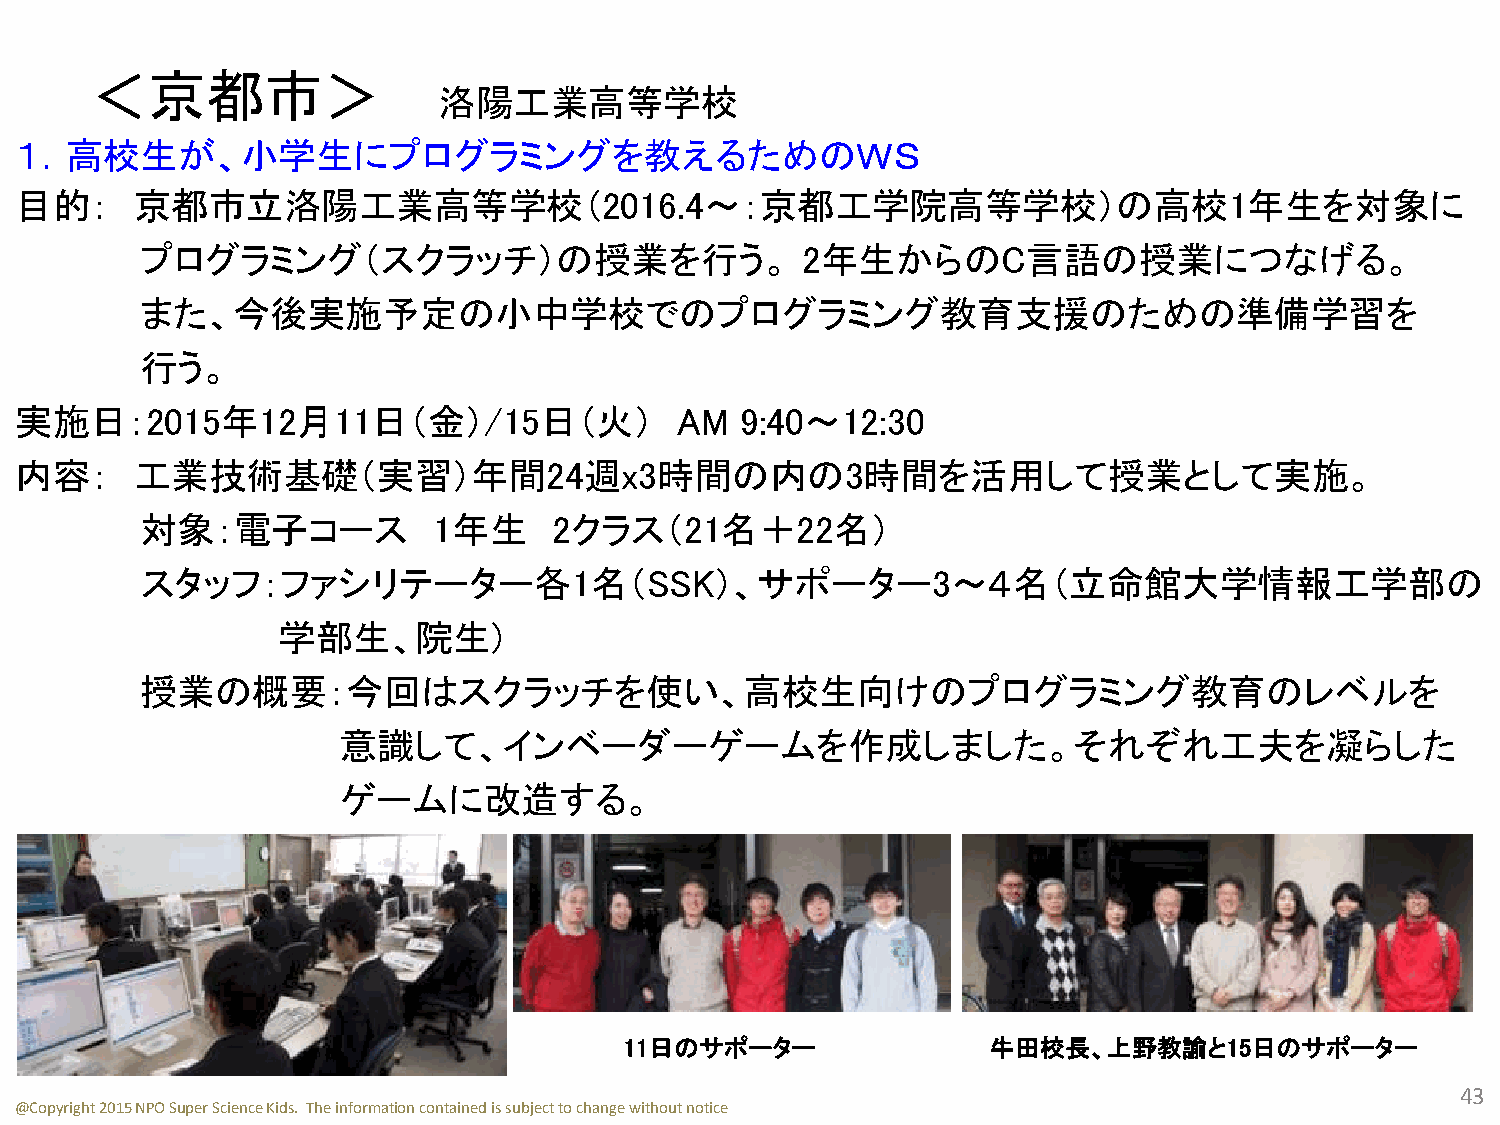
＜京都市＞
 洛陽工業高等学校
 １．高校生が、小学生にプログラミングを教えるためのＷＳ
 目的：     京都市立洛陽工業高等学校（2016.4～：京都工学院高等学校）の高校1年生を対象に
 プログラミング（スクラッチ）の授業を行う。                       2年生からのC言語の授業につなげる。
 また、今後実施予定の小中学校でのプログラミング教育支援のための準備学習を
 行う。
 実施日：2015年12月11日（金）/15日（火）                   AM  9:40～12:30
 内容：     工業技術基礎（実習）年間24週x3時間の内の3時間を活用して授業として実施。
 対象：電子コース            1年生     2クラス（21名＋22名）
 スタッフ：ファシリテーター各1名（SSK）、サポーター3～４名（立命館大学情報工学部の
 学部生、院生)
 授業の概要：今回はスクラッチを使い、高校生向けのプログラミング教育のレベルを
 意識して、インベーダーゲームを作成しました。それぞれ工夫を凝らした
 ゲームに改造する。
 11日のサポーター                牛田校長、上野教諭と15日のサポーター
 43
 @Copyright 2015 NPO Super Science Kids. The information contained is subject to change without notice